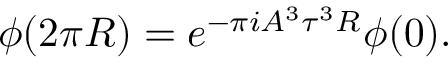
\phi ( 2 \pi R ) = e ^ { - \pi i A ^ { 3 } \tau ^ { 3 } R } \phi ( 0 ) .